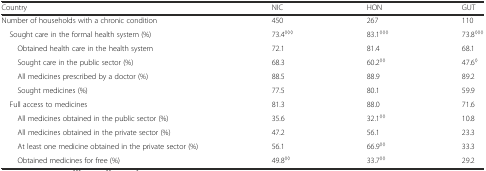
<table><thead><tr><td><b>Country</b></td><td><b>NIC</b></td><td><b>HON</b></td><td><b>GUT</b></td></tr></thead><tbody><tr><td>Number of households with a chronic condition</td><td>450</td><td>267</td><td>110</td></tr><tr><td> Sought care in the formal health system (%)</td><td>73.4<sup>◊◊◊</sup></td><td>83.1<sup>◊◊◊</sup></td><td>73.8<sup>◊◊◊</sup></td></tr><tr><td>Obtained health care in the health system</td><td>72.1</td><td>81.4</td><td>68.1</td></tr><tr><td>Sought care in the public sector (%)</td><td>68.3</td><td>60.2<sup>◊◊</sup></td><td>47.6<sup>◊</sup></td></tr><tr><td>All medicines prescribed by a doctor (%)</td><td>88.5</td><td>88.9</td><td>89.2</td></tr><tr><td>Sought medicines (%)</td><td>77.5</td><td>80.1</td><td>59.9</td></tr><tr><td> Full access to medicines</td><td>81.3</td><td>88.0</td><td>71.6</td></tr><tr><td>All medicines obtained in the public sector (%)</td><td>35.6</td><td>32.1<sup>◊◊</sup></td><td>10.8</td></tr><tr><td>All medicines obtained in the private sector (%)</td><td>47.2</td><td>56.1</td><td>23.3</td></tr><tr><td>At least one medicine obtained in the private sector (%)</td><td>56.1</td><td>66.9<sup>◊◊</sup></td><td>33.3</td></tr><tr><td>Obtained medicines for free (%)</td><td>49.8<sup>◊◊</sup></td><td>33.7<sup>◊◊</sup></td><td>29.2</td></tr></tbody></table>